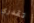
تقدري